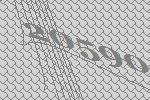
20590